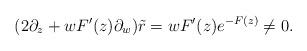
LaTeX: \begin{align*}(2\partial_z + wF'(z)\partial_w)\tilde{r} = wF'(z)e^{-F(z)}\neq 0.\end{align*}